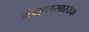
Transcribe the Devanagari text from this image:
बंगालसारख्या